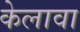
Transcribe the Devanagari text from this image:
केलावा